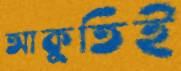
আকুতিই